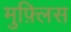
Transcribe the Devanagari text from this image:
मुफ़्लिस